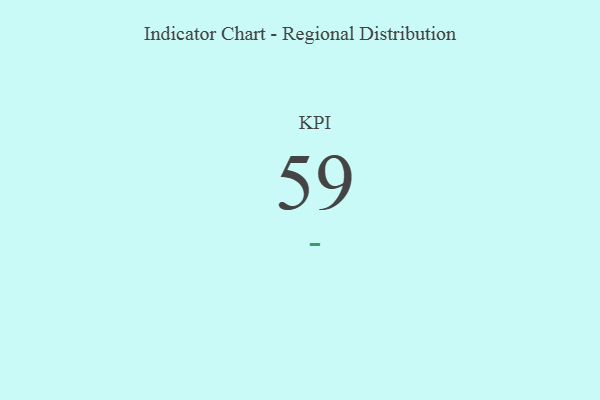
{"axis": {"x": "KPI", "y": "Value"}, "legend": [""], "data": [{"x": "KPI", "y": 59, "type": ""}]}